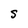
Character: S